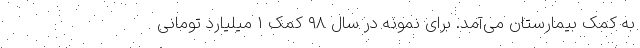
به کمک بیمارستان می‌‌آمد. برای نمونه در سال ۹۸ کمک ۱ میلیارد تومانی